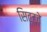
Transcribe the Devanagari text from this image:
सिट्टवे